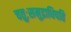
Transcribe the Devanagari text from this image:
चतुःसमुद्राधिपति